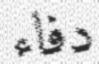
دفاء